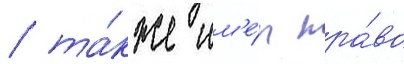
/ та́кже им'е́л пра́во